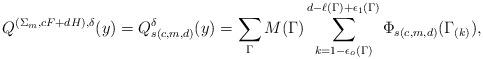
LaTeX: \begin{align*}Q^{(\Sigma_m,cF+dH),\delta}(y)=Q^{\delta}_{s(c,m,d)}(y)=\sum_{\Gamma} M(\Gamma)\sum_{k=1-\epsilon_o(\Gamma)}^{d-\ell(\Gamma)+\epsilon_1(\Gamma)}\Phi_{s(c,m,d)}(\Gamma_{(k)}),\end{align*}